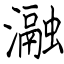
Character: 瀜